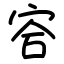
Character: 㝓